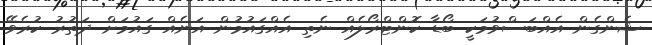
ޝެންގެން އެއްބަސްވުމަކީ ބޯޑާ ކޮންޓްރޯލެއް ނެތި އެއްގައުމުން އަނެއް ގައުމަށް ދަތުރު ކުރެވޭ